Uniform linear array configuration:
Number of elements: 8
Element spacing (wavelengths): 0.25
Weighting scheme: kaiser
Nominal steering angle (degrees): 0
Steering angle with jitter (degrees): -1.379
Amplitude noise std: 0.05
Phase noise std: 0.05

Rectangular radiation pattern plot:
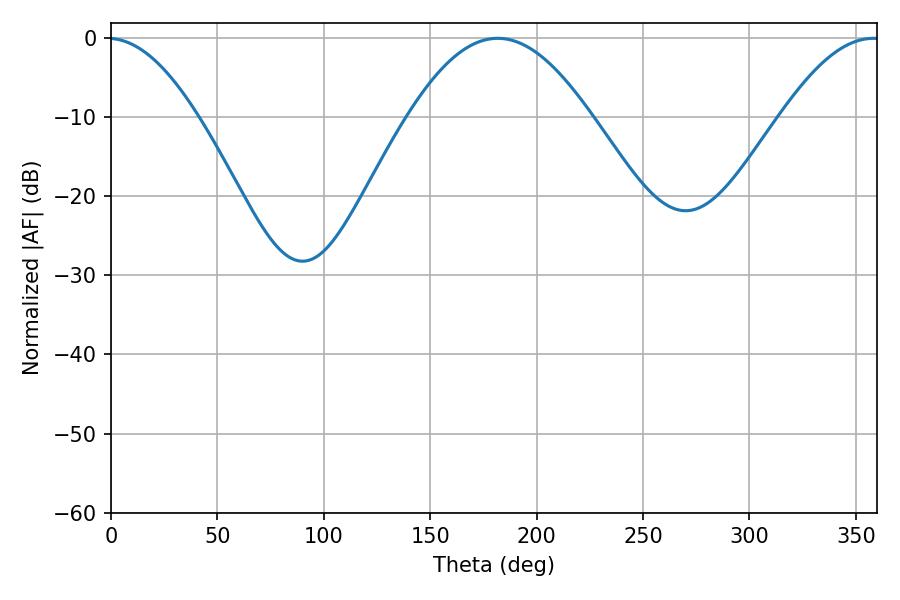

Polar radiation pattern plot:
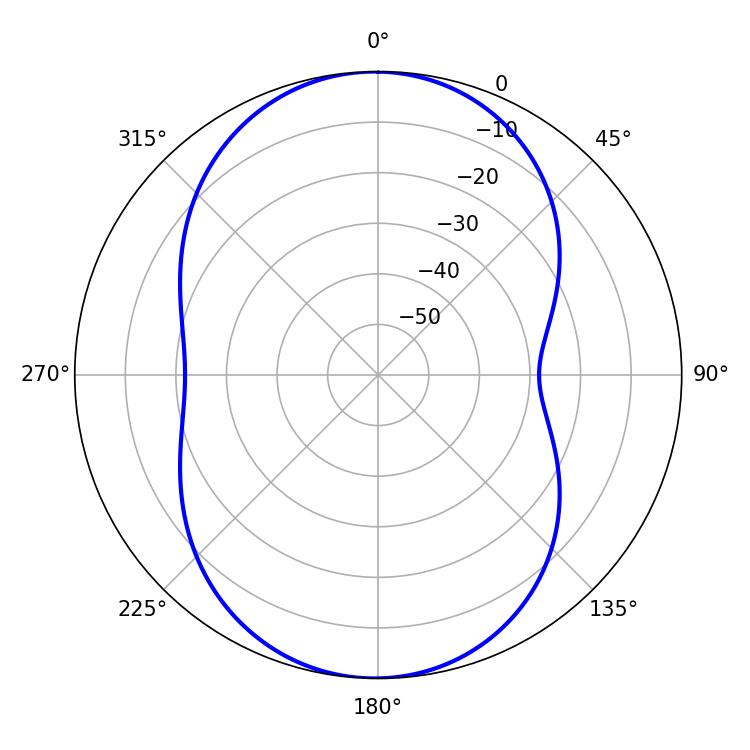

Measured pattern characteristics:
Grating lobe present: FALSE
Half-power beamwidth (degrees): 46.62
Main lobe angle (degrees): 181.8